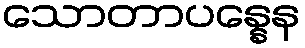
သောတာပန္နေန